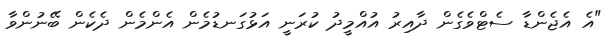
"އެ އެޖެންޑާ ސެޓްވެގެން ދާއިރު އުއްމީދު ކުރަނީ އަޅުގަނޑުމެން އެންމެން ދެކެން ބޭނުންވާ